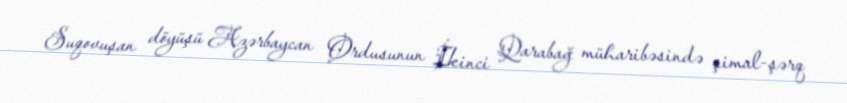
Suqovuşan döyüşü Azərbaycan Ordusunun İkinci Qarabağ müharibəsində şimal-şərq